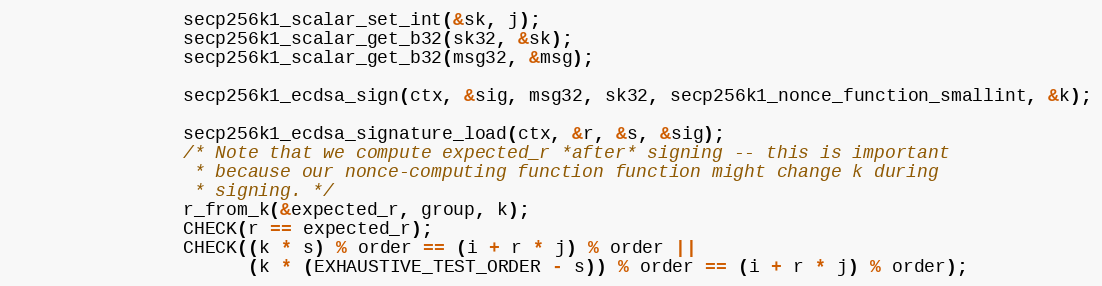
Language: C
                secp256k1_scalar_set_int(&sk, j);
                secp256k1_scalar_get_b32(sk32, &sk);
                secp256k1_scalar_get_b32(msg32, &msg);

                secp256k1_ecdsa_sign(ctx, &sig, msg32, sk32, secp256k1_nonce_function_smallint, &k);

                secp256k1_ecdsa_signature_load(ctx, &r, &s, &sig);
                /* Note that we compute expected_r *after* signing -- this is important
                 * because our nonce-computing function function might change k during
                 * signing. */
                r_from_k(&expected_r, group, k);
                CHECK(r == expected_r);
                CHECK((k * s) % order == (i + r * j) % order ||
                      (k * (EXHAUSTIVE_TEST_ORDER - s)) % order == (i + r * j) % order);